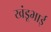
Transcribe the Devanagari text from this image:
खंडूभाई